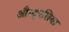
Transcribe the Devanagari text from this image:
औस्ट्एलिया